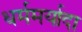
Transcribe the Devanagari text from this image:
धर्ममर्यादा